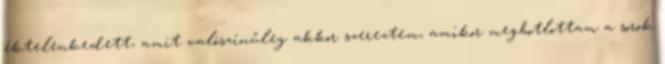
éktelenkedett, amit valószínűleg akkor szereztem, amikor megbotlottam a sorok